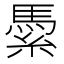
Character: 𱹽